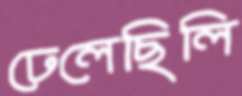
ঢেলেছিলি